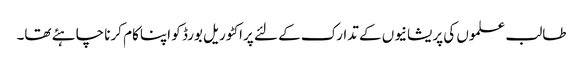
طالب علموں کی پریشانیوں کے تدارک کے لئے پراکٹوریل بورڈ کو اپنا کام کرنا چاہئے تھا۔